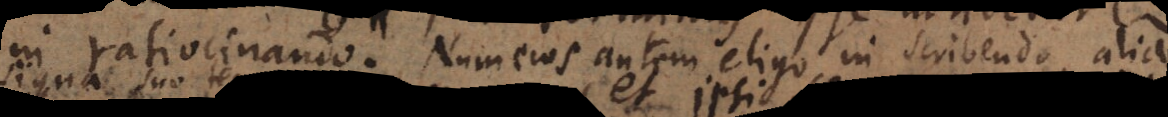
in ratiocinando. Numeros autem eligo in scribendo, alia